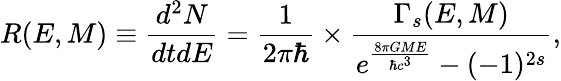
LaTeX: R(E,M)\equiv\frac{d^{2}N}{dtdE}=\frac{1}{2\pi\hbar}\times\frac{\Gamma_{s}(E,M)}{e^{\frac{8\pi GME}{\hbar c^{3}}}-(-1)^{2s}},